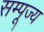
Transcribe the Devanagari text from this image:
सम्पूज्य